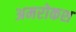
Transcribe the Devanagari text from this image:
अमरोकश